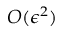
O ( \epsilon ^ { 2 } )